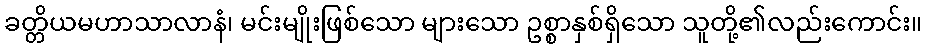
ခတ္တိယမဟာသာလာနံ၊ မင်းမျိုးဖြစ်သော များသော ဥစ္စာနှစ်ရှိသော သူတို့၏လည်းကောင်း။